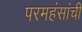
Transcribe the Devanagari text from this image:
परमहंसांची